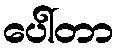
ပေါ်တာ